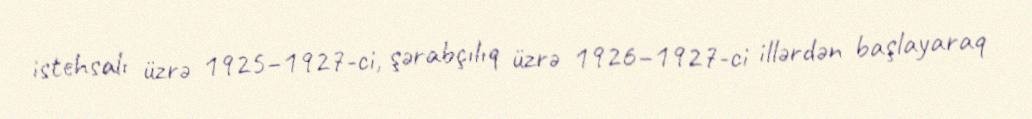
istehsalı üzrə 1925–1927-ci, şərabçılıq üzrə 1926–1927-ci illərdən başlayaraq